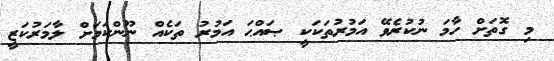
މި ގޮތަށް ހާމަ ނުކުރެވޭ އަމުރުތަކަކީ ޞައްޙަ އަމުރު ތަކެއް ނޫންކަމަށް ލާމަރުކަޒީ